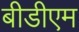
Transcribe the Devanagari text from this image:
बीडीएम